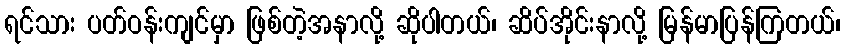
ရင်သား ပတ်ဝန်းကျင်မှာ ဖြစ်တဲ့အနာလို့ ဆိုပါတယ်၊ ဆိပ်အိုင်းနာလို့ မြန်မာပြန်ကြတယ်၊